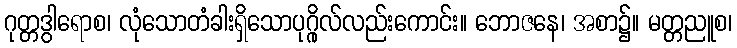
ဂုတ္တဒွါရောစ၊ လုံသောတံခါးရှိသောပုဂ္ဂိုလ်လည်းကောင်း။ ဘောဇနေ၊ အစာ၌။ မတ္တညူစ၊